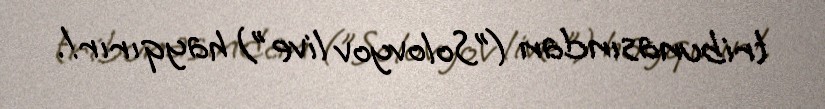
tribunasından ("Solovyov live") hayqırır!.